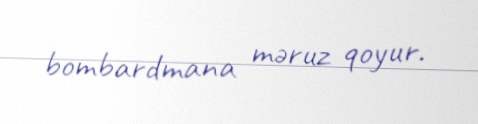
bombardmana məruz qoyur.